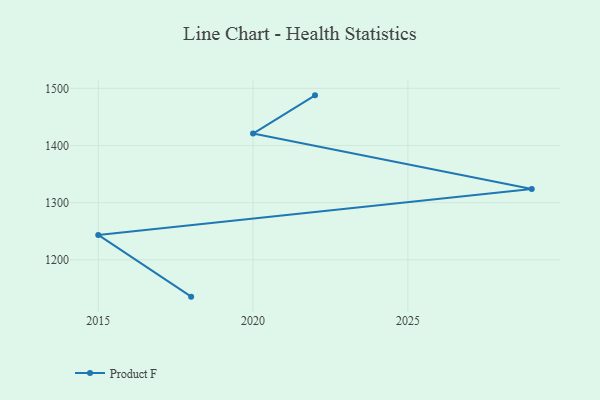
{"axis": {"x": "Year", "y": "Operating Costs (USD K)"}, "legend": ["Product F"], "data": [{"x": "2018", "y": 1135.5, "type": "Product F"}, {"x": "2015", "y": 1243.5, "type": "Product F"}, {"x": "2029", "y": 1323.7, "type": "Product F"}, {"x": "2020", "y": 1420.8, "type": "Product F"}, {"x": "2022", "y": 1487.7, "type": "Product F"}]}